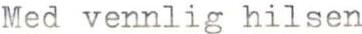
Med vennlig hilsen